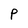
Character: P